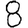
Digit: 8